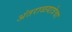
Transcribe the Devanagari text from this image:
अंतराळयात्रेचा